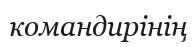
командирінің